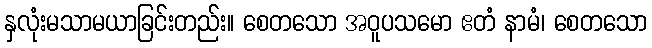
နှလုံးမသာမယာခြင်းတည်း။ စေတသော အဝူပသမော ဧတံ နာမံ၊ စေတသော